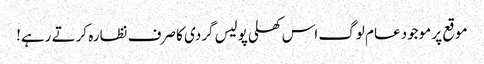
موقع پر موجود عام لوگ اس کھلی پولیس گردی کا صرف نظارہ کرتے رہے!